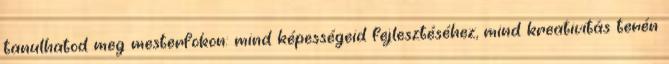
tanulhatod meg mesterfokon: mind képességeid fejlesztéséhez, mind kreativitás terén